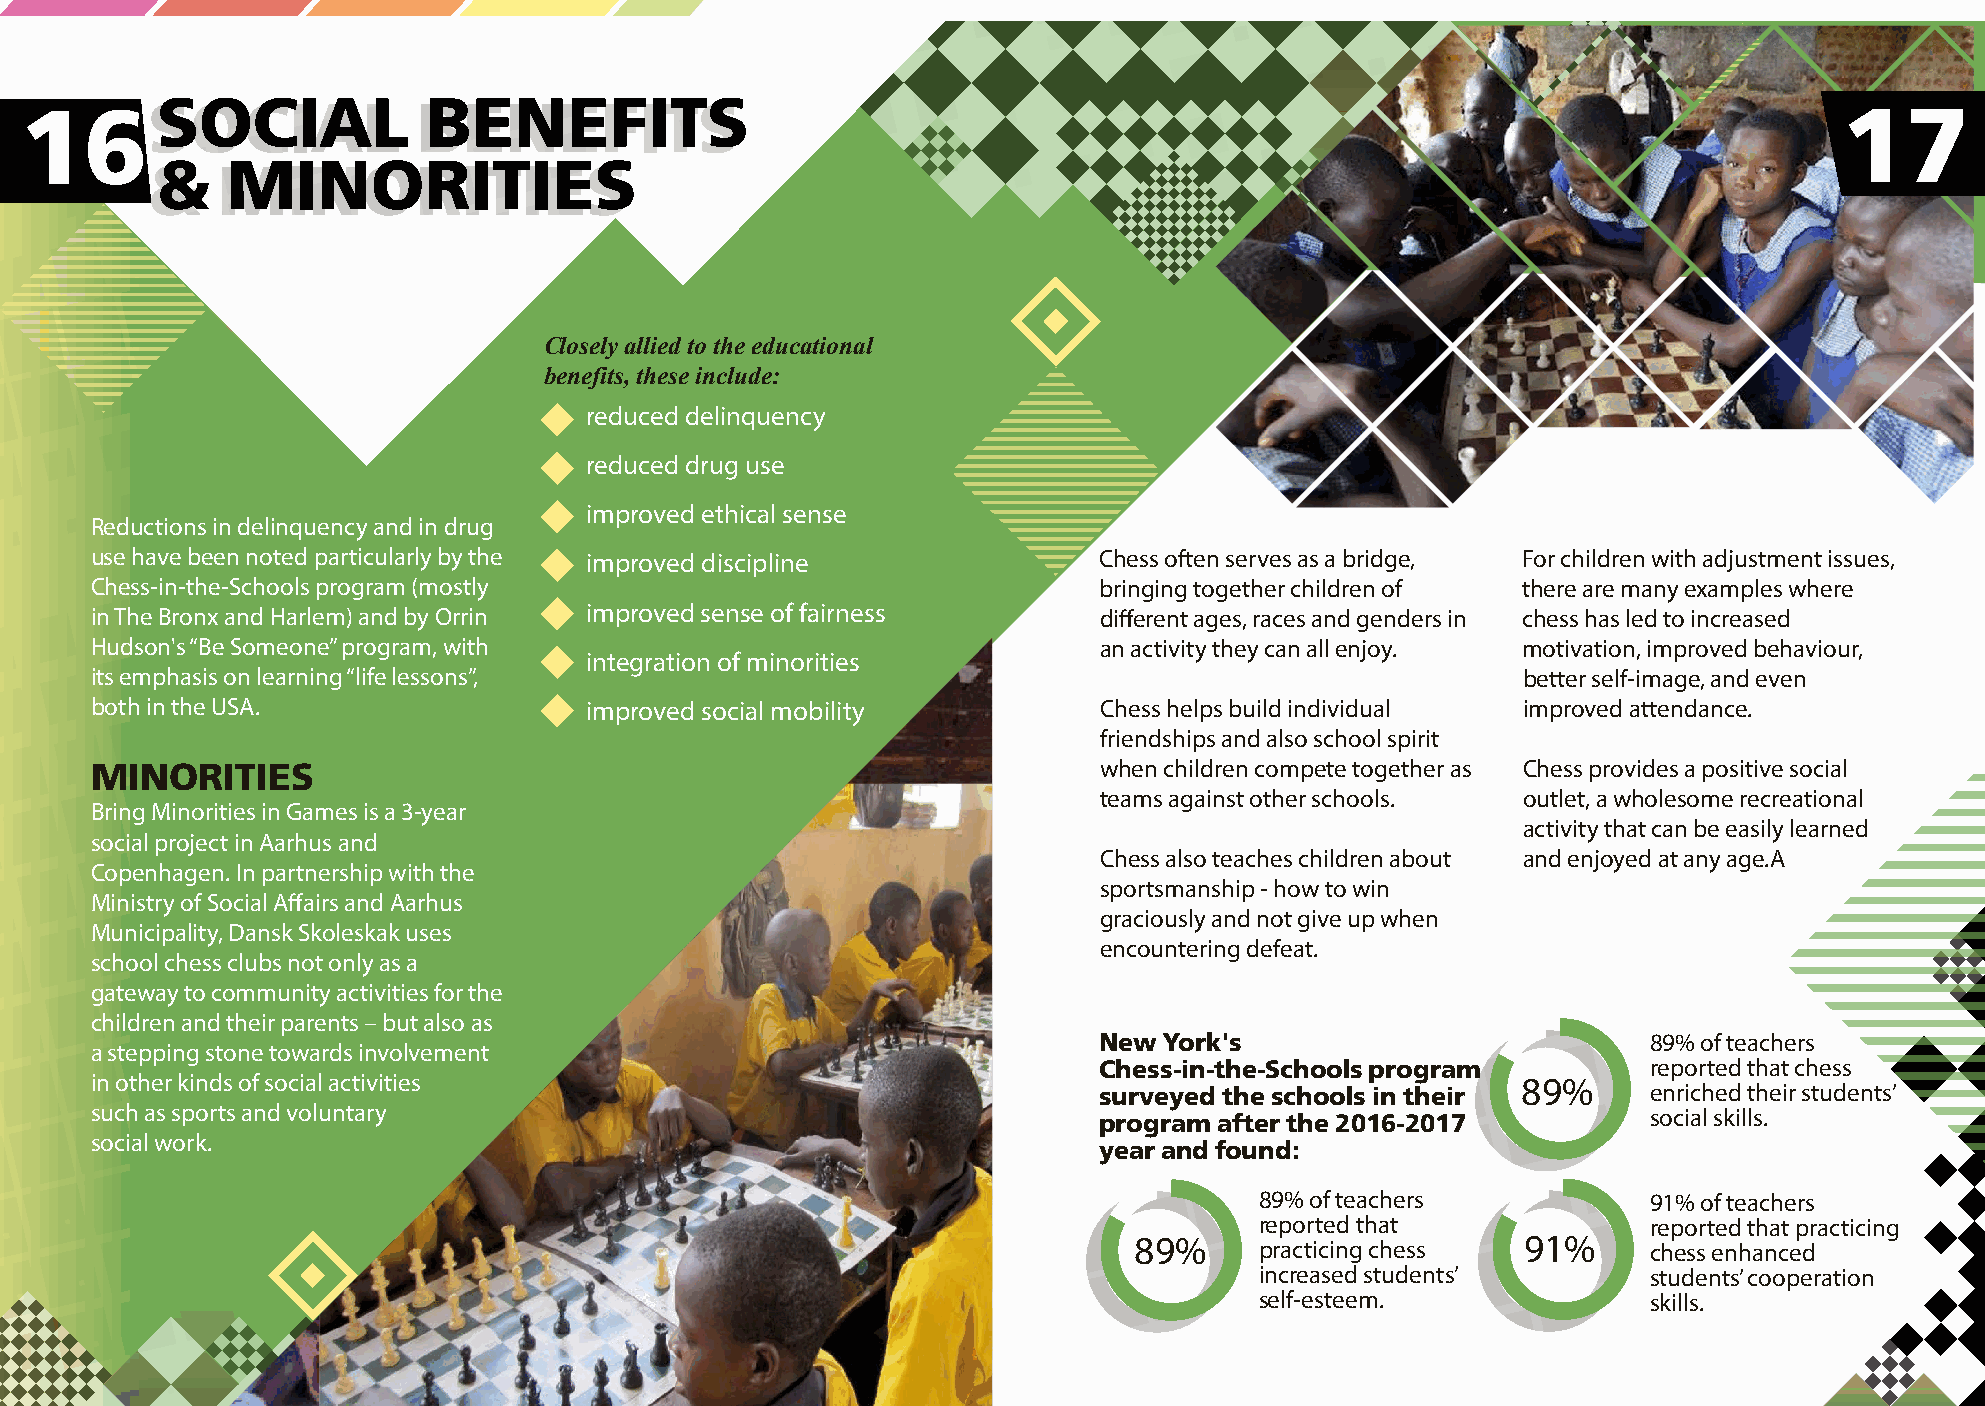
16SSOOCCIIAALL             BBEENNEEFFIITTSS
 17
 &&  MMIINNOORRIITTIIEESS
 Closely allied to the educational
 benefits, these include:
 reduced delinquency
 reduced drug use
 improved ethical sense
 Reductions in delinquency and in drug
 use have been noted particularly by the improved discipline        Chess often serves as a bridge, For children with adjustment issues,
 Chess-in-the-Schools program (mostly                               bringing together children of there are many examples where
 in The Bronx and Harlem) and by Orrin improved sense of fairness   different ages, races and genders in chess has led to increased
 Hudson's “Be Someone” program, with                                an activity they can all enjoy. motivation, improved behaviour,
 integration of minorities
 its emphasis on learning “life lessons”,                                                       better self-image, and even
 both in the USA.                 improved social mobility          Chess helps build individual improved attendance.
 friendships and also school spirit
 MINORITIES                                                         when children compete together as Chess provides a positive social
 teams against other schools. outlet, a wholesome recreational
 Bring Minorities in Games is a 3-year
 activity that can be easily learned
 social project in Aarhus and
 Chess also teaches children about and enjoyed at any age.A
 Copenhagen. In partnership with the
 sportsmanship - how to win
 Ministry of Social Affairs and Aarhus
 graciously and not give up when
 Municipality, Dansk Skoleskak uses
 encountering defeat.
 school chess clubs not only as a
 gateway to community activities for the
 children and their parents – but also as
 New York's                          89% of teachers
 a stepping stone towards involvement
 Chess-in-the-Schools program        reported that chess
 in other kinds of social activities                                surveyed the schools in their 89%   enriched their students’
 such as sports and voluntary                                       program after the 2016-2017         social skills.
 social work.
 year and found:
 89% of teachers           91% of teachers
 reported that             reported that practicing
 89%     practicing chess  91%     chess enhanced
 increased students’       students’ cooperation
 self-esteem.              skills.